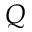
Q